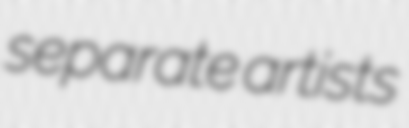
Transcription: separate artists